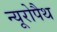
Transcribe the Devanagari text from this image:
न्यूरोपैथ